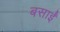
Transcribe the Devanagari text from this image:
बसाईं